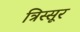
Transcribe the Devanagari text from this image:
त्रिस्सूर